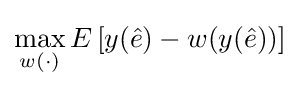
\max _{w(\cdot )}E\left[y({\hat {e}})-w(y({\hat {e}}))\right]